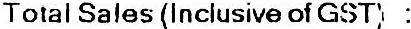
TOTAL SALES (INCLUSIVE OF GST) :